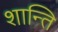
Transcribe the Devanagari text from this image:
शान्‍ति